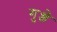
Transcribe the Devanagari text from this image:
गुञ्जे